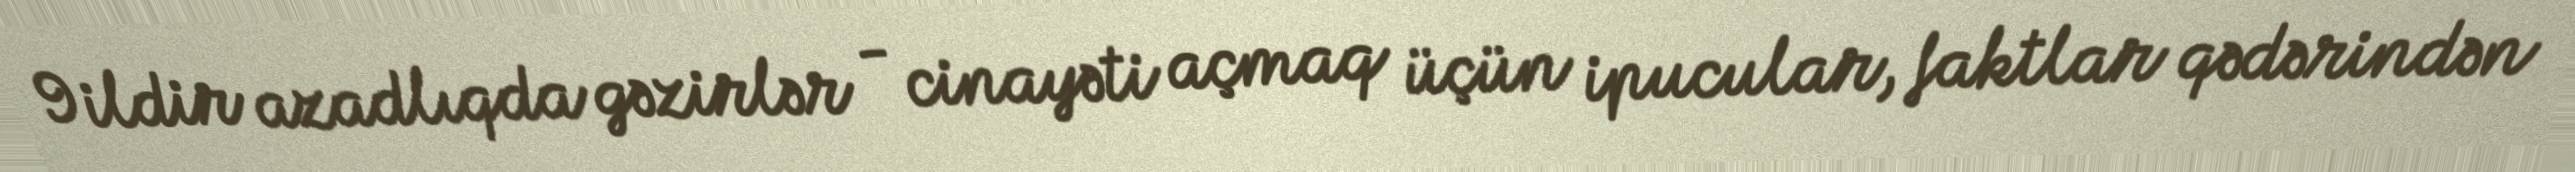
9 ildir azadlıqda gəzirlər - cinayəti açmaq üçün ipucular, faktlar qədərindən